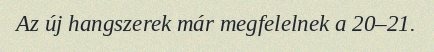
Az új hangszerek már megfelelnek a 20–21.